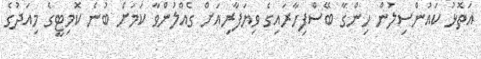
އަތޮޅު ކައުންސިލުން ހިންގާ ބޭސްފިހާރައިގެ ވިޔަފާރިއަށް ގެއްލުންވާ ކަމަށް ބުނެ ކޮމިޓީގެ މިއަދުގެ